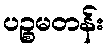
ပဉ္စမတန်း